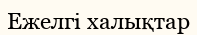
Ежелгі халықтар